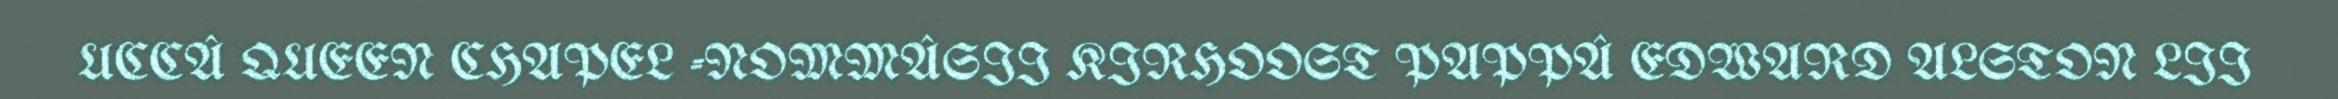
UCCÂ QUEEN CHAPEL -NOMMÂSII KIRHOOST PAPPÂ EDWARD ALSTON LII